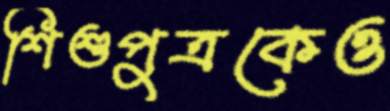
শিশুপুত্রকেও